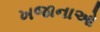
ખજાનાઓ